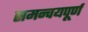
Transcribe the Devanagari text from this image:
समन्वयपूर्ण